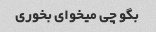
بگو چی میخوای بخوری